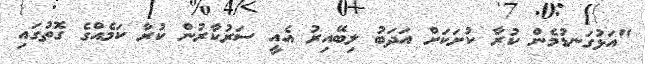
"އަޅުގަނޑުމެން ކުރާ ކުށަކަށް އަދަބު ލިބޭއިރު އެއީ ސަރުކާރުން ކުރާ ކަމެއްގެ ގޮތުގައި